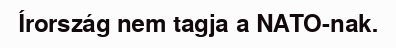
Írország nem tagja a NATO-nak.